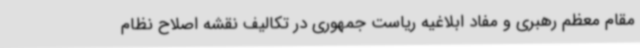
مقام معظم رهبری و مفاد ابلاغیه ریاست جمهوری در تکالیف نقشه اصلاح نظام